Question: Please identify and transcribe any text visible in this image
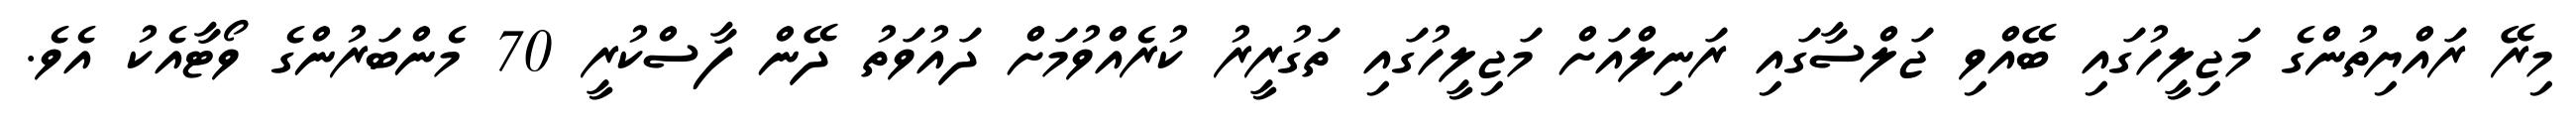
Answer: މިރޭ ރައްޔިތުންގެ މަޖިލީހުގައި ބޭއްވި ޖަލްސާގައި ރަނިލްއަށް މަޖިލީހުގައި ތަގުރީރު ކުރެއްވުމަށް ދައުވަތު ދޭން ފާސްކުރީ 70 މެންބަރުންގެ ވޯޓާއެކު އެވެ.